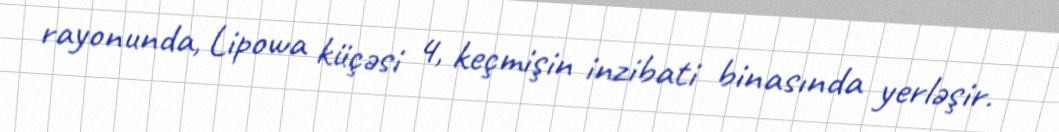
rayonunda, Lipowa küçəsi 4, keçmişin inzibati binasında yerləşir.